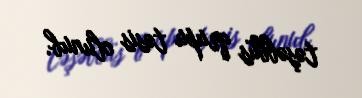
təşəbbüs qrupu təsis olunub.